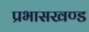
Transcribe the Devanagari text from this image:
प्रभासखण्ड